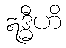
ဣဒ္ဓီဟိ